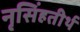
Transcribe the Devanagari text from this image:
नृसिंहतीर्थ